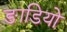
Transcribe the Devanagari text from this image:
ङाडियो